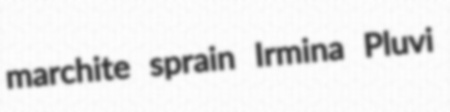
marchite sprain Irmina Pluvi